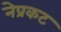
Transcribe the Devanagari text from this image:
नेप्रकट